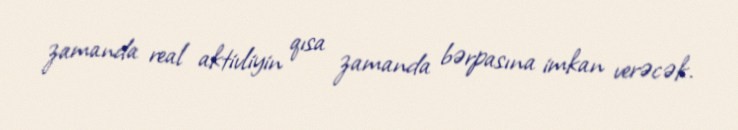
zamanda real aktivliyin qısa zamanda bərpasına imkan verəcək.